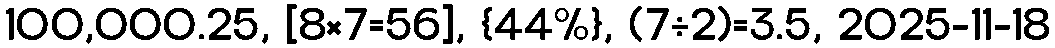
100,000.25, [8×7=56], {44%}, (7÷2)=3.5, 2025-11-18